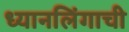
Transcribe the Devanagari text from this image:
ध्यानलिंगाची